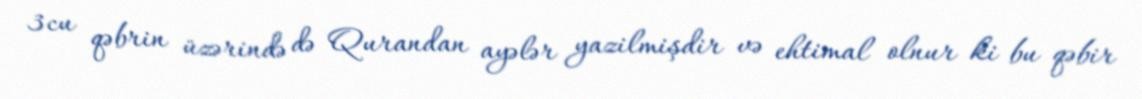
3cu qəbrin üzərində də Qurandan ayələr yazilmişdir və ehtimal olnur ki bu qəbir